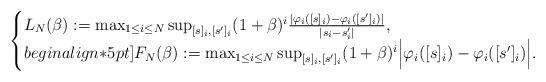
LaTeX: \begin{align*}\begin{cases}L_N(\beta):=\max_{1\leq i\leq N}\sup_{[s]_i,[s']_i}(1+\beta)^i\frac{|\varphi_i([s]_i)-\varphi_i([s']_i)|}{|s_i-s_i'|},\\begin{align*}5pt]F_N(\beta):=\max_{1\leq i\leq N}\sup_{[s]_i,[s']_i}(1+\beta)^i\Big|\varphi_i([s]_i)-\varphi_i([s']_i)\Big|.\end{cases}\end{align*}